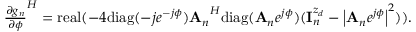
\begin{array} { r } { { \frac { \partial g _ { n } } { \partial \phi } } ^ { H } = \mathrm { r e a l } ( - 4 \mathrm { d i a g } ( - j e ^ { - j \phi } ) { { \bf A } _ { n } } ^ { H } \mathrm { d i a g } ( { { \bf A } _ { n } } e ^ { j \phi } ) ( { \bf { I } } _ { n } ^ { z _ { d } } - \left| { { \bf A } _ { n } } e ^ { j \phi } \right| ^ { 2 } ) ) . } \end{array}